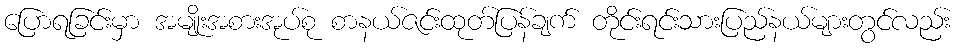
ပြောရခြင်းမှာ အမျိုးအစားအုပ်စု စာနယ်ဇင်းထုတ်ပြန်ချက် တိုင်းရင်းသားပြည်နယ်များတွင်လည်း